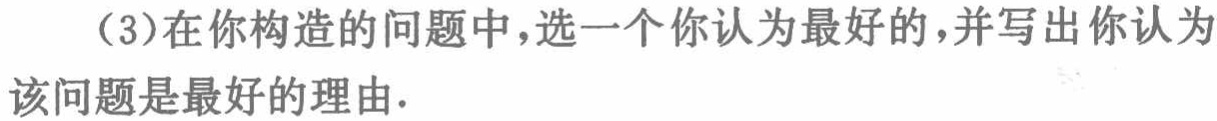
（3）在你构造的问题中，选一个你认为最好的，并写出你认为该问题是最好的理由.